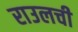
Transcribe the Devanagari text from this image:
राउलची